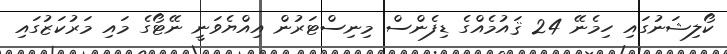
ކޯލިޝަނުގައި ހިމެނޭ 24 ޤައުމެއްގެ ޑިފެންސް މިނިސްޓަރުން އިއްޔެވަނީ ނޭޓޯގެ މައި މަރުކަޒުގައި